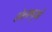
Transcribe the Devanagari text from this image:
लोलाणुओं